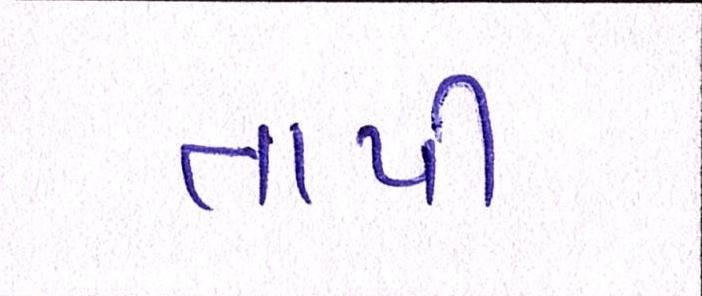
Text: તાપી